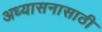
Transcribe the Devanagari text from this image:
अध्यासनासाठी